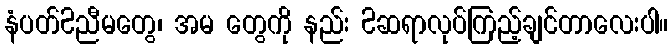
နံပတ်2ညီမတွေ၊ အမ တွေကို နည်း 2ဆရာလုပ်ကြည့်ချင်တာလေးပါ။